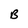
Character: B